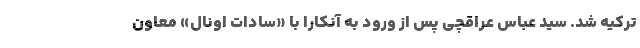
ترکیه شد. سید عباس عراقچی پس از ورود به آنکارا با «سادات اونال» معاون